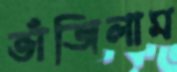
ভাঁজিলাম